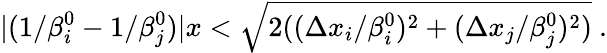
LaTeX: |(1/\beta_{i}^{0}-1/\beta_{j}^{0})|x<\sqrt{2((\Delta x_{i}/\beta_{i}^{0})^{2}+(\Delta x_{j}/\beta_{j}^{0})^{2})}~.